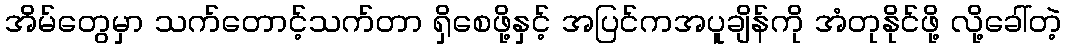
အိမ်တွေမှာ သက်တောင့်သက်တာ ရှိစေဖို့နှင့် အပြင်ကအပူချိန်ကို အံတုနိုင်ဖို့ လို့ခေါ်တဲ့